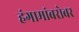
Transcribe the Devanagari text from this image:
हंगामांबरोबर